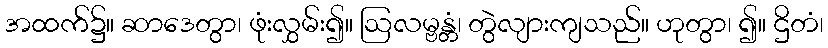
အထက်၌။ ဆာဒေတွာ၊ ဖုံးလွှမ်း၍။ ဩလမ္ဗန္တံ၊ တွဲလျားကျသည်။ ဟုတွာ၊ ၍။ ဌိတံ၊